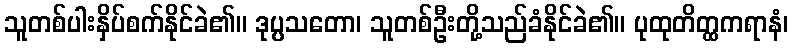
သူတစ်ပါးနှိပ်စက်နိုင်ခဲ၏။ ဒုပ္ပသတော၊ သူတစ်ဦးတို့သည်ခံနိုင်ခဲ၏။ ပုထုတိတ္ထကရာနံ၊